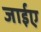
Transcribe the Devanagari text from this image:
जाईए